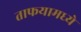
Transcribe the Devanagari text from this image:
ताफयामध्ये